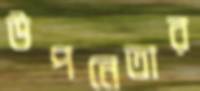
উপনেতার